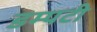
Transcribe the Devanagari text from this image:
डम्पटी